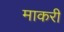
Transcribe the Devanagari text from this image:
माकरी